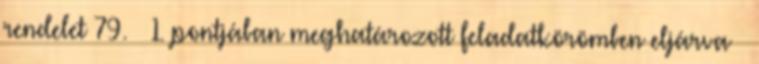
rendelet 79. § 1. pontjában meghatározott feladatkörömben eljárva –